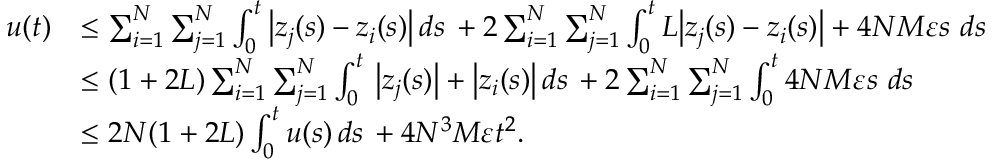
\begin{array} { r l } { u ( t ) } & { \leq \sum _ { i = 1 } ^ { N } \sum _ { j = 1 } ^ { N } \int _ { 0 } ^ { t } \big | z _ { j } ( s ) - z _ { i } ( s ) \big | \, d s \, + 2 \sum _ { i = 1 } ^ { N } \sum _ { j = 1 } ^ { N } \int _ { 0 } ^ { t } L \big | z _ { j } ( s ) - z _ { i } ( s ) \big | + 4 N M \varepsilon s \, \, d s \, } \\ & { \leq ( 1 + 2 L ) \sum _ { i = 1 } ^ { N } \sum _ { j = 1 } ^ { N } \int _ { 0 } ^ { t } \, \big | z _ { j } ( s ) \big | + \big | z _ { i } ( s ) \big | \, d s \, + 2 \sum _ { i = 1 } ^ { N } \sum _ { j = 1 } ^ { N } \int _ { 0 } ^ { t } 4 N M \varepsilon s \, \, d s \, } \\ & { \leq 2 N ( 1 + 2 L ) \int _ { 0 } ^ { t } u ( s ) \, d s \, + 4 N ^ { 3 } M \varepsilon t ^ { 2 } . } \end{array}